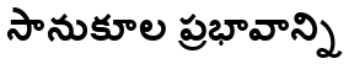
సానుకూల ప్రభావాన్ని